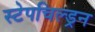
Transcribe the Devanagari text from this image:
स्टेपचिल्ड्रन